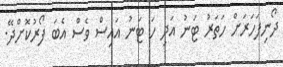
ދޯނިފަހަރަށް ހަތަރު ޓަނު އަދި ހަ ޓަނު އައިސް ވެސް އެބަ ފޯރުކޮށްދޭ.